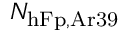
N _ { \mathrm { h F p , A r 3 9 } }